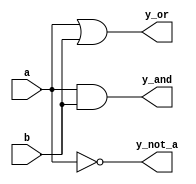
module combinational_logic (
    input wire a,          // Input signal a
    input wire b,          // Input signal b
    output wire y_and,     // Output for AND gate
    output wire y_or,      // Output for OR gate
    output wire y_not_a    // Output for NOT gate (inverted a)
);

// Continuous assignments using the assign statement
assign y_and = a & b;       // AND operation
assign y_or = a | b;        // OR operation
assign y_not_a = ~a;        // NOT operation on a

endmodule